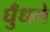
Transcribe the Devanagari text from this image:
घुँधले